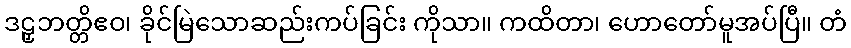
ဒဠှဘတ္တိဧဝ၊ ခိုင်မြဲသောဆည်းကပ်ခြင်း ကိုသာ။ ကထိတာ၊ ဟောတော်မူအပ်ပြီ။ တံ